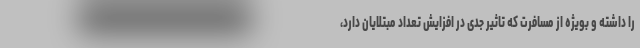
را داشته و بویژه از مسافرت که تاثیر جدی در افزایش تعداد مبتلایان دارد،